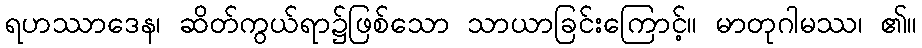
ရဟဿာဒေန၊ ဆိတ်ကွယ်ရာ၌ဖြစ်သော သာယာခြင်းကြောင့်။ မာတုဂါမဿ၊ ၏။